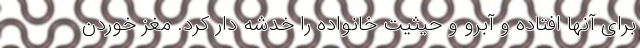
برای آنها افتاده و آبرو و حیثیت خانواده را خدشه دار کرد. مغز خوردن